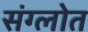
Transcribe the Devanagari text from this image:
संग्लोत